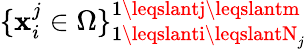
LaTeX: \{ \mathbf{x}_{i}^{j}\in\Omega\} _{1\leqslanti\leqslantN_{j}}^{1\leqslantj\leqslantm}